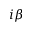
i \beta